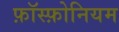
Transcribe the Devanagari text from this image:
फ़ॉस्फ़ोनियम